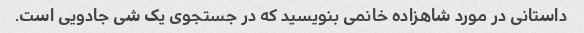
داستانی در مورد شاهزاده خانمی بنویسید که در جستجوی یک شی جادویی است.